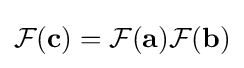
{\mathcal {F}}(\mathbf {c} )={\mathcal {F}}(\mathbf {a} ){\mathcal {F}}(\mathbf {b} )